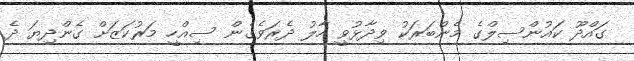
ގައްދޫ ކައުންސިލްގެ މެންބަރަކު ވިދާޅުވީ ހާލު ދެރަވެގެން ސިއްހީ މަރުކަޒަށް ގެންދިޔަ ދެ